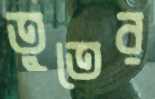
তুতের